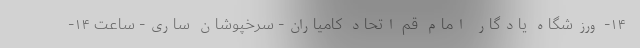
۱۴- ورزشگاه یادگار امام قم اتحاد کامیاران- سرخپوشان ساری- ساعت ۱۴-